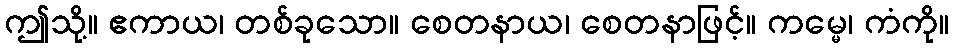
ဤသို့။ ဧကာယ၊ တစ်ခုသော။ စေတနာယ၊ စေတနာဖြင့်။ ကမ္မေ၊ ကံကို။